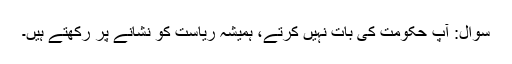
سوال: آپ حکومت کی بات نہیں کرتے، ہمیشہ ریاست کو نشانے پر رکھتے ہیں۔